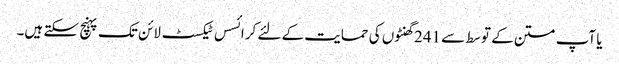
یا آپ متن کے توسط سے 241 گھنٹوں کی حمایت کے لئے کرائسس ٹیکسٹ لائن تک پہنچ سکتے ہیں۔